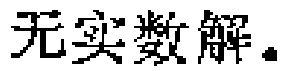
无实数解。